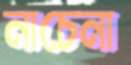
নাচেনা